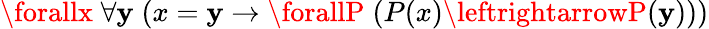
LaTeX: \forallx\; \forall\mathbf{y}\; (x=\mathbf{y}\rightarrow\forallP\; (P(x)\leftrightarrowP(\mathbf{y})))